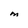
Character: M